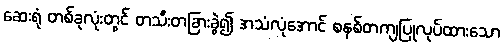
ဆေးရုံ တစ်ခုလုံးတွင် တသီးတခြားခွဲ၍ အသံလုံအောင် စနစ်တကျပြုလုပ်ထားသော